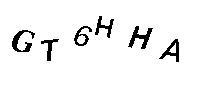
GT6HHA